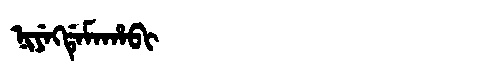
Manchu: ᠨᡳᠶᡝᡴᡩᡝᠮᠠᡥᠠᠪᡳ
Romanization: NIYEKDEMAHABI